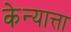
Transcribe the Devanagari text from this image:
केन्यात्ता